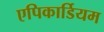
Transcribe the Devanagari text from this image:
एपिकार्डियम